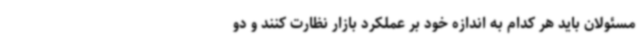
مسئولان باید هر کدام به اندازه خود بر عملکرد بازار نظارت کنند و دو